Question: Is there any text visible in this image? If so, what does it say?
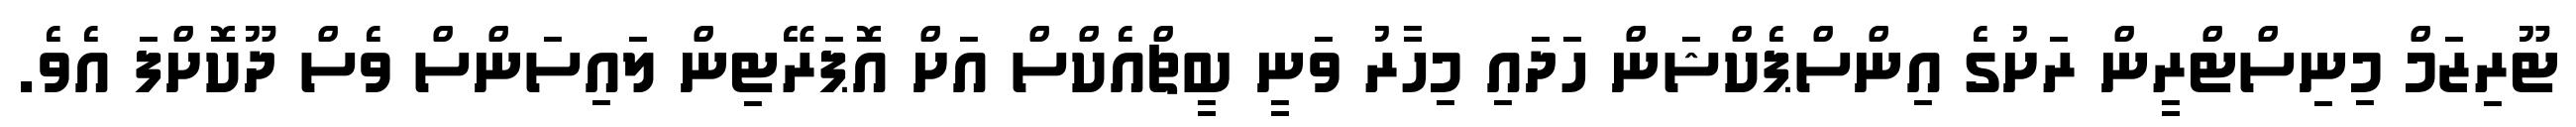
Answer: ޓޫރިޒަމް މިނިސްޓްރީން ރަށުގެ އިންސްޕެކްޝަން ހަދައި މިހާރު ވަނީ ބީޗްއެކްސް އަށް އޮޕަރޭޓިން ލައިސަންސް ވެސް ދޫކޮށްފަ އެވެ.